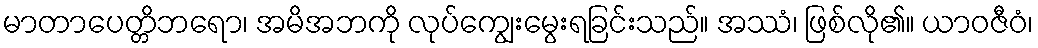
မာတာပေတ္တိဘရော၊ အမိအဘကို လုပ်ကျွေးမွေးရခြင်းသည်။ အဿံ၊ ဖြစ်လို၏။ ယာဝဇီဝံ၊